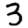
Digit: 3